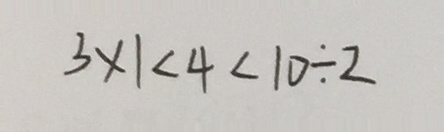
3 \times 1 < 4 < 1 0 \div 2